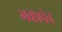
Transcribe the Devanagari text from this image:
भवप्रपंच